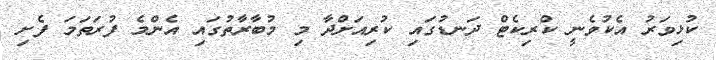
ކުޅިވަރު އެކުވެނީ ކްރިކެޓް ދަނޑުގައި ކުރިއަށްދާ މި މުބާރާތުގައި އެންމެ ފުރަތަމަ ފެށި